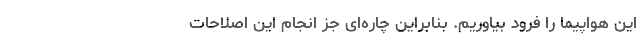
این هواپیما را فرود بیاوریم. بنابراین چاره‌ای جز انجام این اصلاحات